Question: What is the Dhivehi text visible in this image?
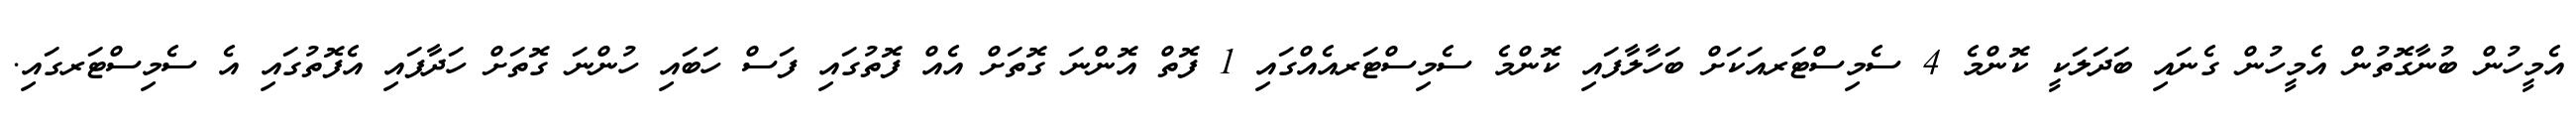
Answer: އެމީހުން ބުނާގޮތުން އެމީހުން ގެނައި ބަދަލަކީ ކޮންމެ 4 ސެމިސްޓަރއަކަށް ބަހާލާފައި ކޮންމެ ސެމިސްޓަރއެއްގައި 1 ފޮތް އޮންނަ ގޮތަށް އެއް ފޮތުގައި ފަސް ހަބައި ހުންނަ ގޮތަށް ހަދާފައި އެފޮތުގައި އެ ސެމިސްޓަރގައި.